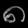
Digit: ၈